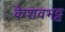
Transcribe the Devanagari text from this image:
केशवभट्ट